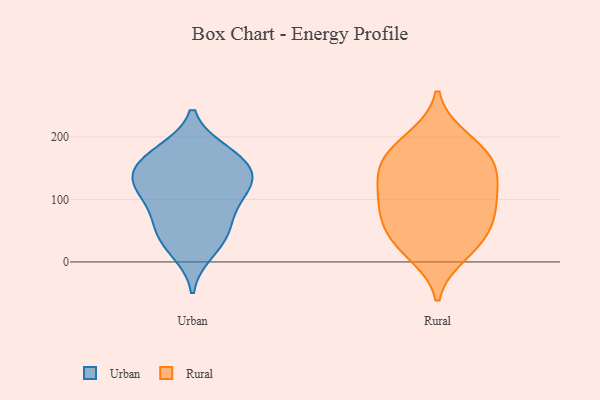
{"axis": {"x": "Backlog", "y": "Value"}, "legend": ["Rural", "Urban"], "data": [{"x": "", "y": 165, "type": "Urban"}, {"x": "", "y": 91, "type": "Urban"}, {"x": "", "y": 17, "type": "Urban"}, {"x": "", "y": 176, "type": "Urban"}, {"x": "", "y": 123, "type": "Urban"}, {"x": "", "y": 48, "type": "Urban"}, {"x": "", "y": 40, "type": "Urban"}, {"x": "", "y": 148, "type": "Urban"}, {"x": "", "y": 124, "type": "Urban"}, {"x": "", "y": 116, "type": "Urban"}, {"x": "", "y": 134, "type": "Urban"}, {"x": "", "y": 171, "type": "Urban"}, {"x": "", "y": 67, "type": "Urban"}, {"x": "", "y": 112, "type": "Rural"}, {"x": "", "y": 35, "type": "Rural"}, {"x": "", "y": 88, "type": "Rural"}, {"x": "", "y": 162, "type": "Rural"}, {"x": "", "y": 197, "type": "Rural"}, {"x": "", "y": 118, "type": "Rural"}, {"x": "", "y": 70, "type": "Rural"}, {"x": "", "y": 34, "type": "Rural"}, {"x": "", "y": 14, "type": "Rural"}, {"x": "", "y": 149, "type": "Rural"}, {"x": "", "y": 152, "type": "Rural"}, {"x": "", "y": 75, "type": "Rural"}, {"x": "", "y": 182, "type": "Rural"}]}